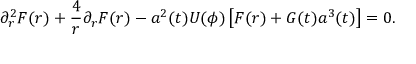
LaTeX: \partial _ { r } ^ { 2 } F ( r ) + \frac 4 { r } \partial _ { r } F ( r ) - a ^ { 2 } ( t ) U ( \phi ) \left[ F ( r ) + G ( t ) a ^ { 3 } ( t ) \right] = 0 .